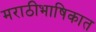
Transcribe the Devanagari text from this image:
मराठीभाषिकात